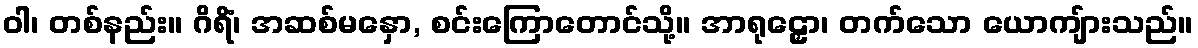
ဝါ၊ တစ်နည်း။ ဂိရိံ၊ အဆစ်မနှော, စင်းကြောတောင်သို့။ အာရုဠှော၊ တက်သော ယောကျ်ားသည်။